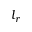
l _ { r }